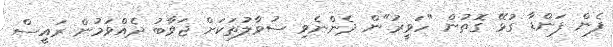
ފެން ފަންޑާ ގުޅޭ ގޮތުން "ހަވީރު"ން ދެންނެވި ސުވާލުތަކަށް ޖަވާބު ދެެއްވަމުން ރައީސް